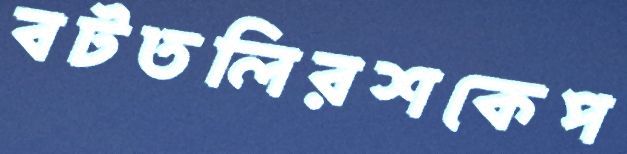
বটতলিরশকেপ